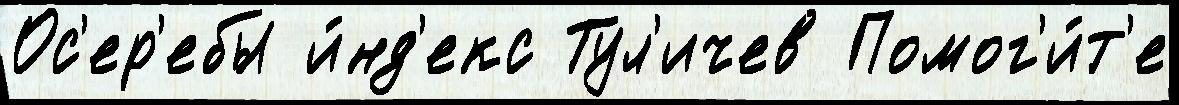
Ос'ер'ебы и́нд'екс Тул'ичев Помог'и́т'е